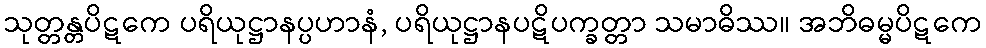
သုတ္တန္တပိဋကေ ပရိယုဋ္ဌာနပ္ပဟာနံ, ပရိယုဋ္ဌာနပဋိပက္ခတ္တာ သမာဓိဿ။ အဘိဓမ္မပိဋကေ